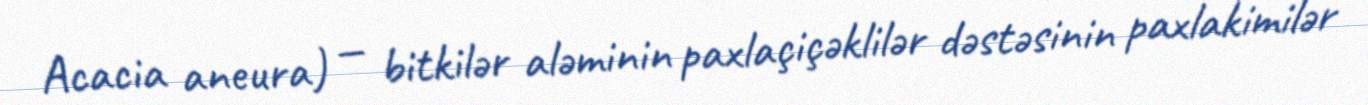
Acacia aneura) — bitkilər aləminin paxlaçiçəklilər dəstəsinin paxlakimilər